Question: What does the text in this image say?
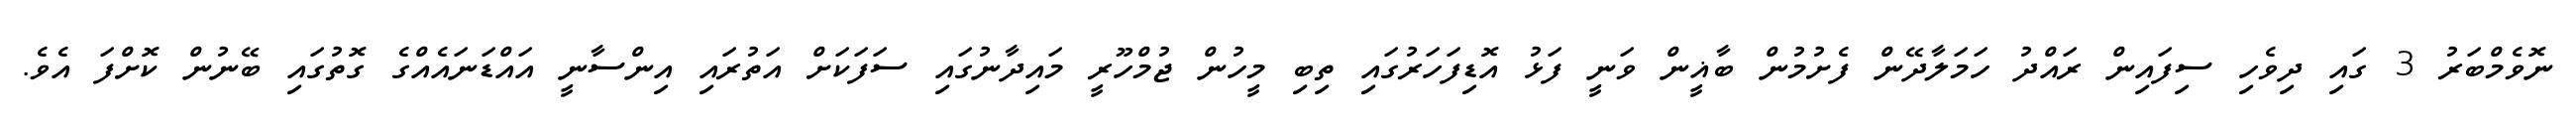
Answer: ނޮވެމްބަރު 3 ގައި ދިވެހި ސިފައިން ރައްދު ހަމަލާދޭން ފެށުމުން ބާޣީން ވަނީ ފަޅު އޮޑިފަހަރުގައި ތިބި މީހުން ޖުމްހޫރީ މައިދާނުގައި ސަފަކަށް އަތުރައި އިންސާނީ އައްޑަނައެއްގެ ގޮތުގައި ބޭނުން ކޮށްފަ އެވެ.